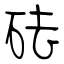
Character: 砝